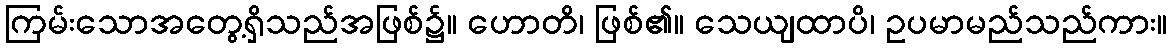
ကြမ်းသောအတွေ့ရှိသည်အဖြစ်၌။ ဟောတိ၊ ဖြစ်၏။ သေယျထာပိ၊ ဥပမာမည်သည်ကား။